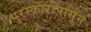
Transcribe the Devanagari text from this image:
पुरस्कारांपासून